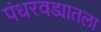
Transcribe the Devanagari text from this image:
पंधरवड्यातला